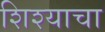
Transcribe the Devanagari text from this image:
शिश्याचा